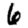
Digit: 6